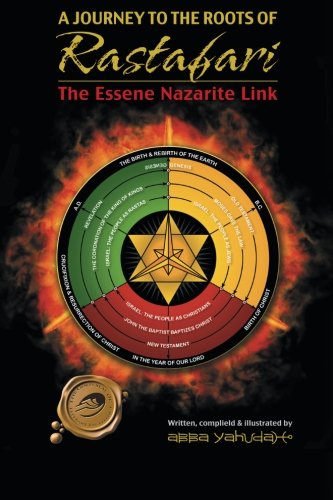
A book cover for A Journey to the Roots of Rastafari: The Essene Nazarite Link; Christian Books & Bibles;